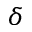
\delta